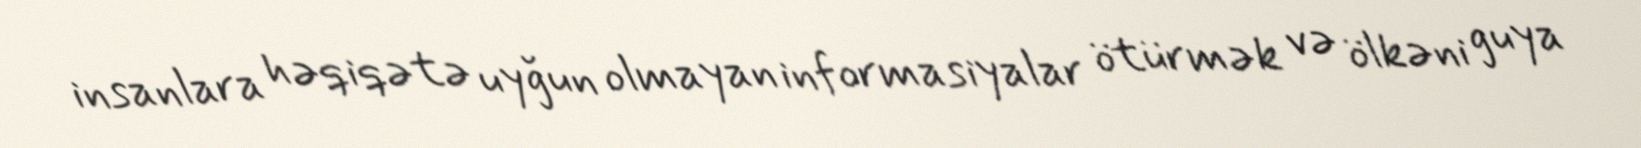
insanlara həqiqətə uyğun olmayan informasiyalar ötürmək və ölkəni guya